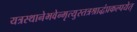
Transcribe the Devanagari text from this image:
यत्रस्थानेभवेन्मृत्युस्तत्रश्राद्धंप्रकल्पयेत्